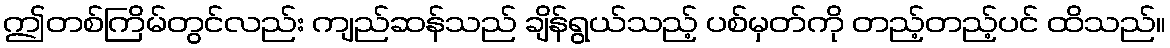
ဤတစ်ကြိမ်တွင်လည်း ကျည်ဆန်သည် ချိန်ရွယ်သည့် ပစ်မှတ်ကို တည့်တည့်ပင် ထိသည်။